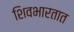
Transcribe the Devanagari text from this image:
शिवभारतात